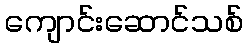
ကျောင်းဆောင်သစ်